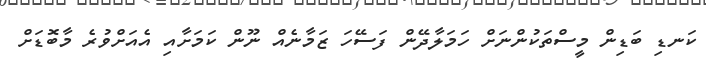
ކަނޑި ބަޑިން މީސްތަކުންނަށް ހަމަލާދޭން ފަސޭހަ ޒަމާނެއް ނޫން ކަމަށާއި އެއަށްވުރެ މާބޮޑަށް